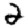
Digit: 2